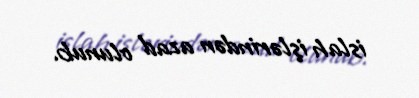
islah işlərindən azad olunub.